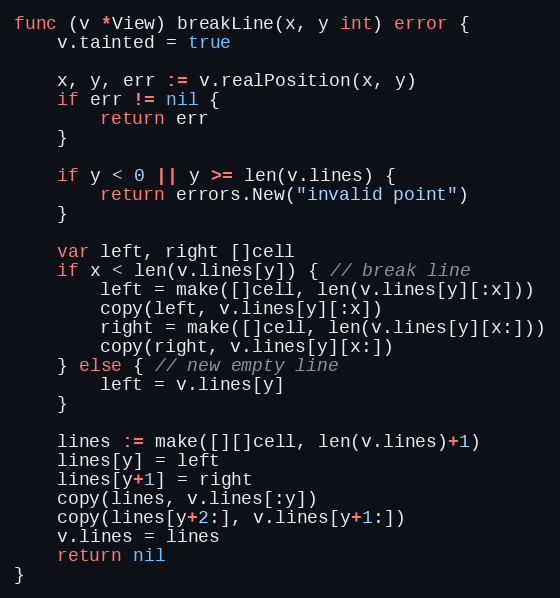
Language: Go
func (v *View) breakLine(x, y int) error {
	v.tainted = true

	x, y, err := v.realPosition(x, y)
	if err != nil {
		return err
	}

	if y < 0 || y >= len(v.lines) {
		return errors.New("invalid point")
	}

	var left, right []cell
	if x < len(v.lines[y]) { // break line
		left = make([]cell, len(v.lines[y][:x]))
		copy(left, v.lines[y][:x])
		right = make([]cell, len(v.lines[y][x:]))
		copy(right, v.lines[y][x:])
	} else { // new empty line
		left = v.lines[y]
	}

	lines := make([][]cell, len(v.lines)+1)
	lines[y] = left
	lines[y+1] = right
	copy(lines, v.lines[:y])
	copy(lines[y+2:], v.lines[y+1:])
	v.lines = lines
	return nil
}